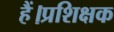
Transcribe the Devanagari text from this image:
हैं।प्रशिक्षक